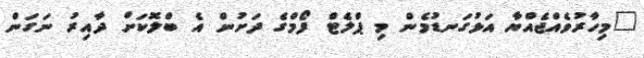
"މިހާރުވެއްޖެއްޔާ އަޅުގަނޑުމެން މި ޕްލެޓް ފޯމްގެ ދަށުން އެ ބްލޮކަށް ދާއިރު ނަގަން